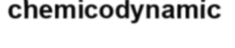
chemicodynamic